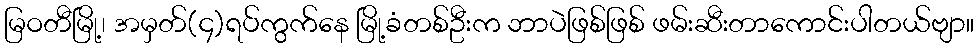
မြဝတီမြို့၊ အမှတ်(၄)ရပ်ကွက်နေ မြို့ခံတစ်ဦးက ဘာပဲဖြစ်ဖြစ် ဖမ်းဆီးတာကောင်းပါတယ်ဗျာ။